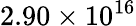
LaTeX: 2.90\times 10^{16}